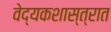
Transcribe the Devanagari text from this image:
वेद्यकशास्त्रात